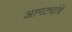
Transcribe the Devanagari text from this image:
आमट्यांचे